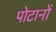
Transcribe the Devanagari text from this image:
पोटानों